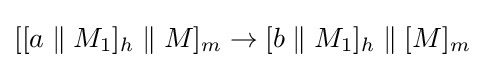
[[a\;\|\;M_{1}]_{h}\;\|\;M]_{m}\rightarrow [b\;\|\;M_{1}]_{h}\;\|\;[M]_{m}